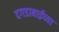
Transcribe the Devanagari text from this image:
दगडाबाईच्या